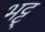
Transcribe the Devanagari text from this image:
भट्ट्